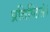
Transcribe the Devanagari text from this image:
प्रतिष्ठितं।